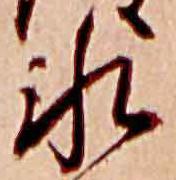
氷